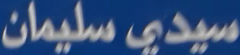
سيدی سليمان